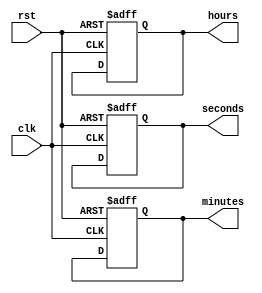
module RTC_timer (
    input wire clk,  // Clock signal
    input wire rst,  // Reset signal
    
    output reg [5:0] seconds,  // Seconds register
    output reg [5:0] minutes,  // Minutes register
    output reg [4:0] hours      // Hours register
);

reg [17:0] counter;  // Counter to keep track of time

always @(posedge clk or posedge rst) begin
    if (rst) begin
        counter <= 0;
        seconds <= 0;
        minutes <= 0;
        hours <= 0;
    end else begin
        counter <= counter + 1;
        if (counter == 50000000) begin  // Assuming 1 Hz clock signal
            counter <= 0;
            seconds <= seconds + 1;
            if (seconds == 60) begin
                seconds <= 0;
                minutes <= minutes + 1;
                if (minutes == 60) begin
                    minutes <= 0;
                    hours <= hours + 1;
                    if (hours == 24) begin
                         hours <= 0;  // Reset the hours after 24 hours
                    end
                end
            end
        end
    end
end

endmodule